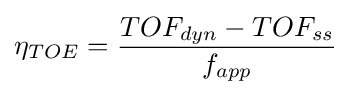
\eta _{TOE}={\frac {TOF_{dyn}-TOF_{ss}}{f_{app}}}